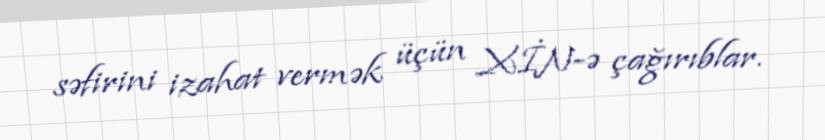
səfirini izahat vermək üçün XİN-ə çağırıblar.